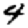
Digit: 4